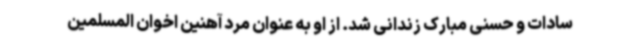
سادات و حسنی مبارک زندانی شد. از او به عنوان مرد آهنین اخوان المسلمین